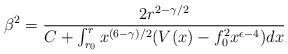
LaTeX: \begin{align*}\beta^2 = \frac{2 r^{2- \gamma /2}}{C + \int_{r_0}^{r} x^{(6- \gamma )/2} (V(x) - f_0^2 x^{\epsilon -4} ) dx }\end{align*}